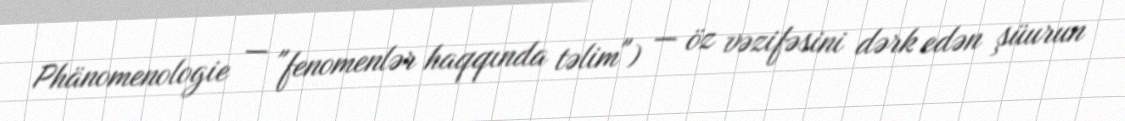
Phänomenologie — "fenomenlər haqqında təlim") — öz vəzifəsini dərk edən şüurun